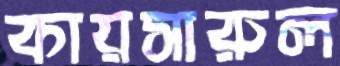
কায়সারুল